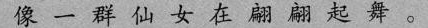
像一群仙女在翩翩起舞。